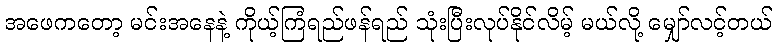
အဖေကတော့ မင်းအနေနဲ့ ကိုယ့်ကြံရည်ဖန်ရည် သုံးပြီးလုပ်နိုင်လိမ့် မယ်လို့ မျှော်လင့်တယ်